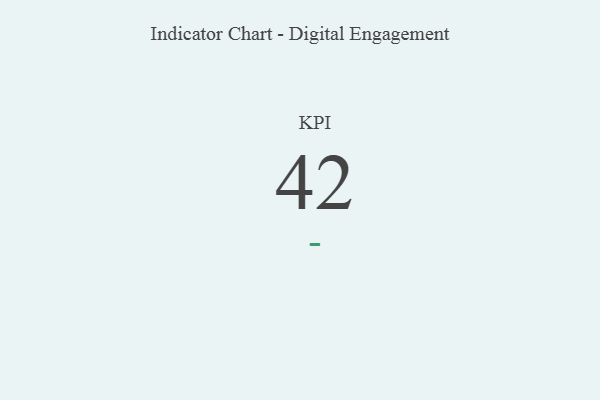
{"axis": {"x": "KPI", "y": "Value"}, "legend": [""], "data": [{"x": "KPI", "y": 42, "type": ""}]}